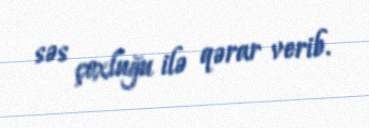
səs çoxluğu ilə qərar verib.